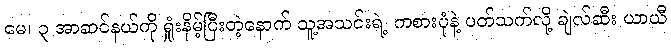
မေ၊ ၃ အာဆင်နယ်ကို ရှုံးနိမ့်ပြီးတဲ့နောက် သူ့အသင်းရဲ့ ကစားပုံနဲ့ ပတ်သက်လို့ ချဲလ်ဆီး ယာယီ